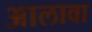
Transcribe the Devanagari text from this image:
अालावा